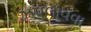
ઝપલાવવા